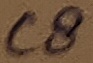
Text: C8